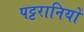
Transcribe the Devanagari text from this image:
पट्टरानियों